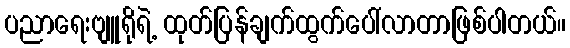
ပညာရေးဗျူရိုရဲ့ ထုတ်ပြန်ချက်ထွက်ပေါ်လာတာဖြစ်ပါတယ်။